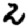
Digit: 2